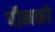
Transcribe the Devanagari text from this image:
पौनको